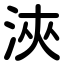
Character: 浹